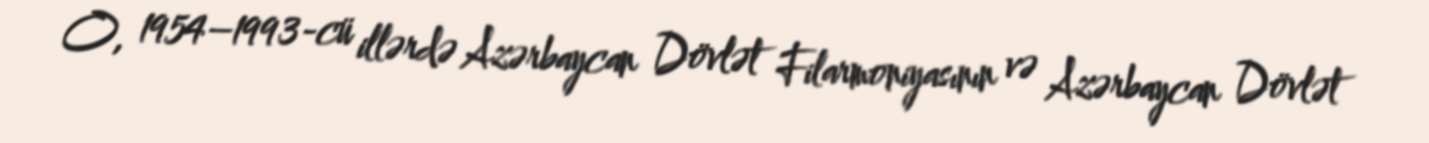
O, 1954–1993-cü illərdə Azərbaycan Dövlət Filarmoniyasının və Azərbaycan Dövlət